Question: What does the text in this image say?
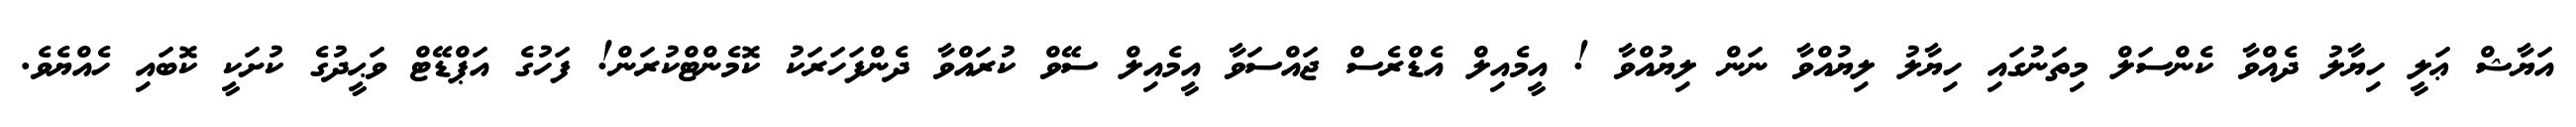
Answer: އަޔާޝް ޢަލީ ހިޔާލު ދެއްވާ ކެންސަލް މިތަނުގައި ހިޔާލު ލިޔުއްވާ ނަން ލިޔުއްވާ ! އީމެއިލް އެޑްރެސް ޖައްސަވާ އީމެއިލް ސޭވް ކުރައްވާ ދެންފަހަރަކު ކޮމެންޓްކުރަން! ފަހުގެ އަޕްޑޭޓް ވަޙީދުގެ ކުށަކީ ކޮބައި ހެއްޔެވެ.